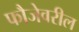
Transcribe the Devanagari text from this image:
फौजेवरील